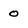
Character: 0